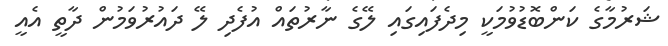
ޝަރުމާގެ ކަންބޮޑުވުމަކީ މިދެފައިގައި ލޭގެ ނާރުތައް އުފެދި ލޭ ދައުރުވަމުން ދާތީ އެއީ